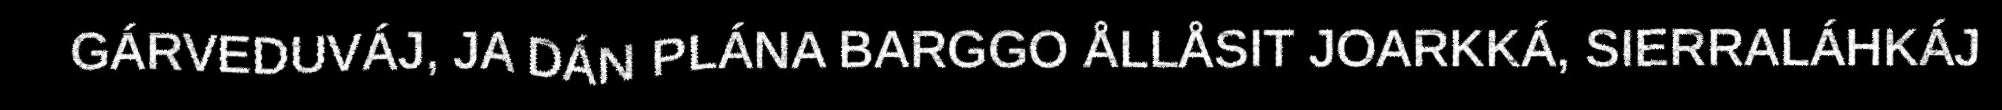
GÁRVEDUVÁJ, JA DÁN PLÁNA BARGGO ÅLLÅSIT JOARKKÁ, SIERRALÁHKÁJ